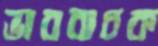
ভাববাচক